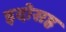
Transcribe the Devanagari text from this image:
इदोसह